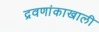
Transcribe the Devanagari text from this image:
द्रवणांकाखाली